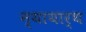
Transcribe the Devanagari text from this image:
न्यायार्थ